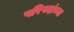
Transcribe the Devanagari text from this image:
परिषदांच्या